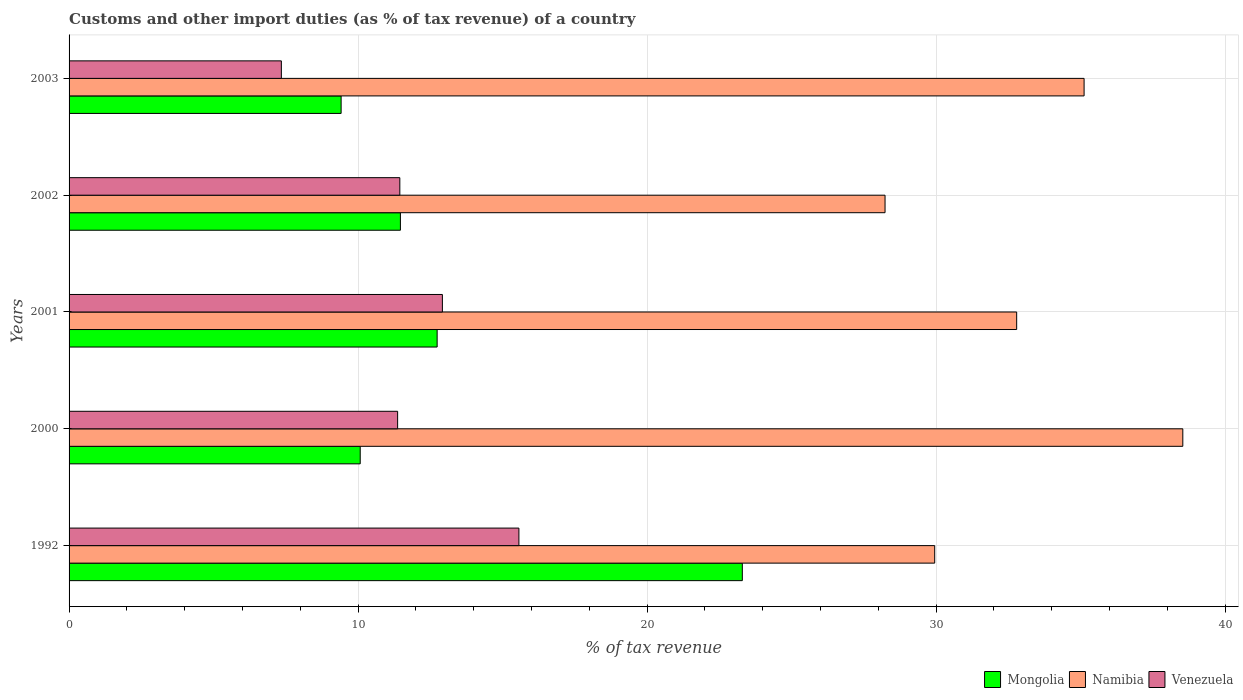
| Years | Mongolia | Namibia | Venezuela |
 | --- | --- | --- | --- |
 | 1992 | 23.3 | 30 | 15.6 |
 | 2000 | 10.1 | 38.5 | 11.4 |
 | 2001 | 12.7 | 32.8 | 12.9 |
 | 2002 | 11.5 | 28.2 | 11.4 |
 | 2003 | 9.41 | 35.1 | 7.35 |